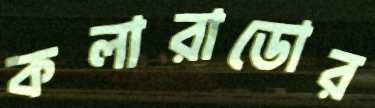
কলারাডোর